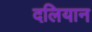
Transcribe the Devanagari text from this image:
दलियान